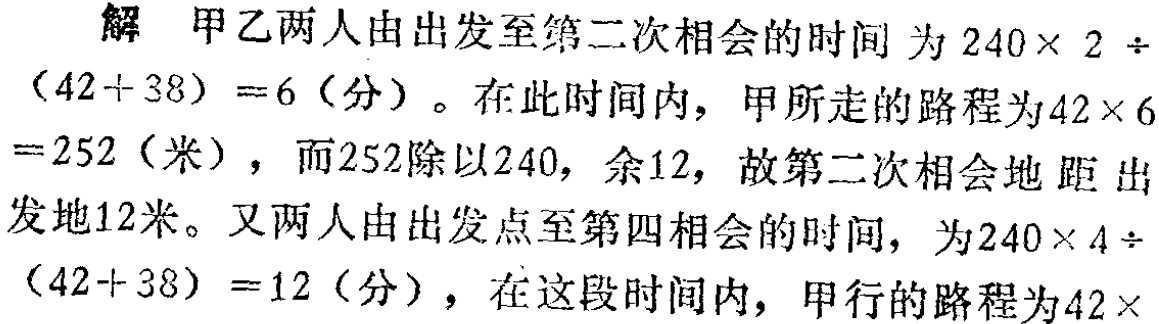
解 甲乙两人由出发至第二次相会的时间为 \(240\times 2\div(42 + 38)=6\)（分）。在此时间内，甲所走的路程为 \(42\times 6 = 252\)（米），而 \(252\)除以 \(240\)，余 \(12\)，故第二次相会地距出发地 \(12\)米。又两人由出发点至第四相会的时间，为 \(240\times 4\div(42 + 38)=12\)（分），在这段时间内，甲行的路程为 \(42\times\)